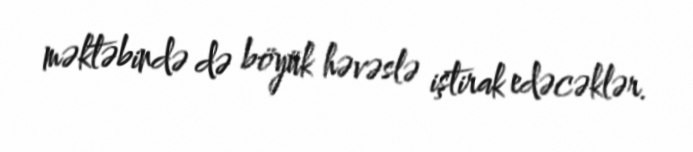
məktəbində də böyük həvəslə iştirak edəcəklər.